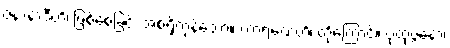
ဇနာနာဒီဟိ၊ ဖြစ်စေခြင်း အစရှိကုန်သော။ ကာရဏေဟိ၊ တို့ကြောင့်။ ပုထုဇ္ဇနော၊